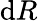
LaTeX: \mathrm{d}R